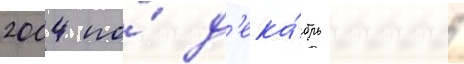
2004 по́ д'ека́брь 2005